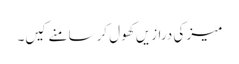
میز کی درازیں کھول کر سامنے کیں۔